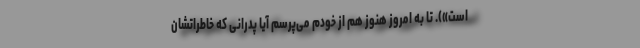
است»). تا به امروز هنوز هم از خودم می‌پرسم آیا پدرانی که خاطراتشان